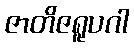
ဇာတိဇရူပဂါ